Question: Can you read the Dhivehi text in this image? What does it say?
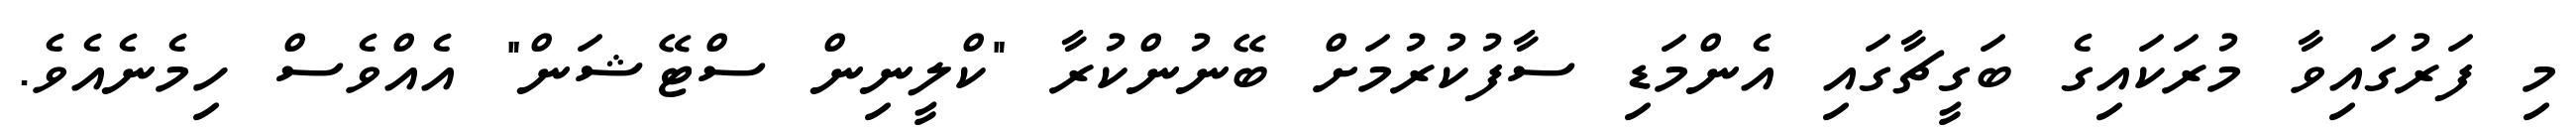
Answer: މި ފަރުގައިވާ މުރަކައިގެ ބަގީޗާގައި އެންމަޑި ސާފުކުރުމަށް ބޭނުންކުރާ "ކްލީނިން ސްޓޭޝަން" އެއްވެސް ހިމެނެއެވެ.